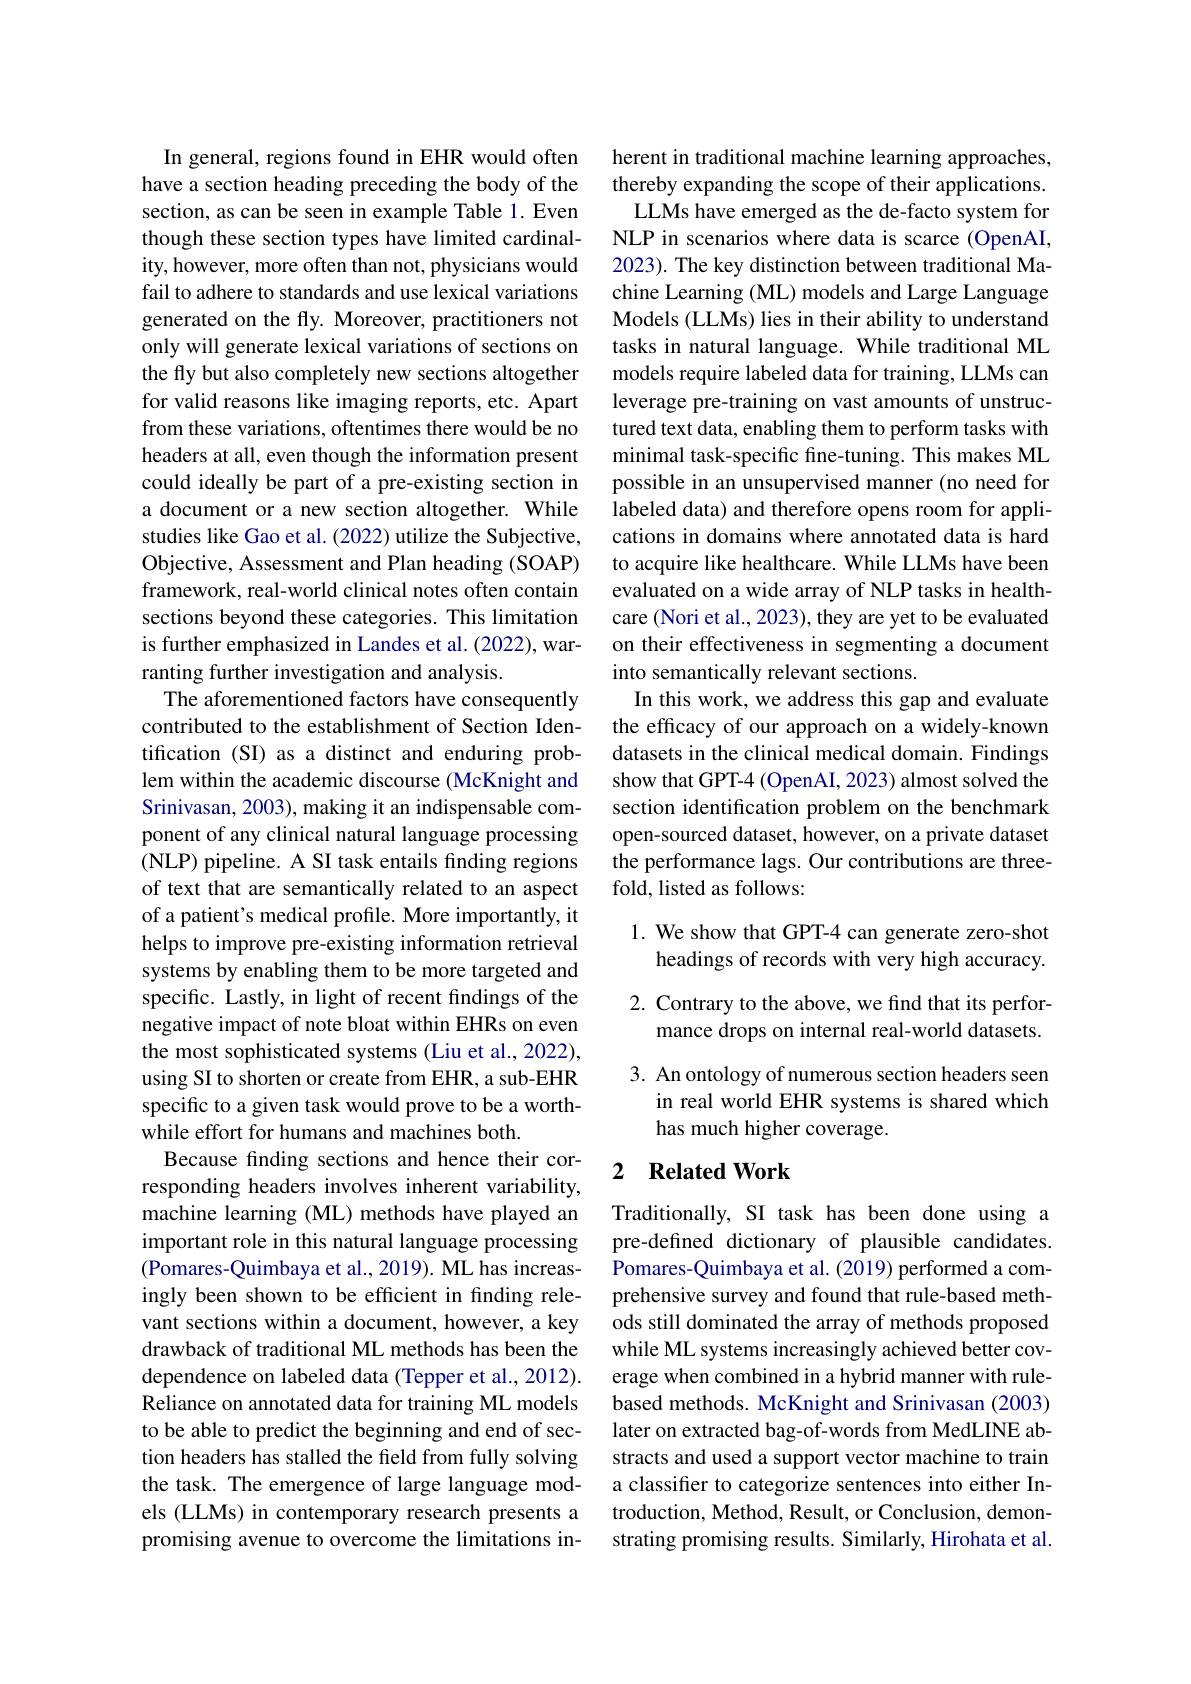
In general, regions found in EHR would often have a section heading preceding the body of the section, as can be seen in example Table 1. Even though these section types have limited cardinality, however, more often than not, physicians would fail to adhere to standards and use lexical variations generated on the fly. Moreover, practitioners not only will generate lexical variations of sections on the fly but also completely new sections altogether for valid reasons like imaging reports, etc. Apart from these variations, oftentimes there would be no headers at all, even though the information present could ideally be part of a pre-existing section in a document or a new section altogether. While studies like Gao et al. (2022) utilize the Subjective, Objective, Assessment and Plan heading (SOAP) framework, real-world clinical notes often contain sections beyond these categories. This limitation is further emphasized in Landes et al.(2022), warranting further investigation and analysis.
The aforementioned factors have consequently contributed to the establishment of Section Identification (SI) as a distinct and enduring problem within the academic discourse (McKnight and Srinivasan, 2003), making it an indispensable component of any clinical natural language processing (NLP) pipeline. A SI task entails finding regions of text that are semantically related to an aspect of a patient's medical profile. More importantly, it helps to improve pre-existing information retrieval systems by enabling them to be more targeted and specific. Lastly, in light of recent fndings of the negative impact of note bloat within EHRs on even the most sophisticated systems (Liu et al., 2022), using SI to shorten or create from EHR, a sub-EHR specific to a given task would prove to be a worthwhile effort for humans and machines both.
Because finding sections and hence their corresponding headers involves inherent variability, machine learning (ML) methods have played an important role in this natural language processing (Pomares-Quimbaya et al., 2019). ML has increasingly been shown to be efficient in finding relevant sections within a document, however, a key drawback of traditional ML methods has been the dependence on labeled data (Tepper et al., 2012). Reliance on annotated data for training ML models to be able to predict the beginning and end of section headers has stalled the from fully solving the task. The emergence of large language models (LLMs) in contemporary research presents a promising avenue to overcome the limitations in-

herent in traditional machine learning approaches, thereby expanding the scope of their applications.
LLMs have emerged as the de-facto system for NLP in scenarios where data is scarce (OpenAI, 2023). The key distinction between traditional Machine Learning (ML) models and Large Language Models (LLMs) lies in their ability to understand tasks in natural language. While traditional ML models require labeled data for training, LLMs can leverage pre-training on vast amounts of unstructured text data, enabling them to perform tasks with minimal task-specific fine-tuning. This makes ML possible in an unsupervised manner (no need for labeled data) and therefore opens room for applications in domains where annotated data is hard to acquire like healthcare. While LLMs have been evaluated on a wide array of NLP tasks in healthcare (Nori et al., 2023), they are yet to be evaluated on their effectiveness in segmenting a document into semantically relevant sections.
In this work, we address this gap and evaluate the efficacy of our approach on a widely-known datasets in the clinical medical domain. Findings show that GPT-4 (OpenAI, 2023) almost solved the section identification problem on the benchmark open-sourced dataset, however, on a private dataset the performance lags. Our contributions are threefold, listed as follows:

## 1. We show that GPT-4 can generate zero-shot headings of records with very high accuracy.

2. Contrary to the above, we find that its perfor-
mance drops on internal real-world datasets.

3. An ontology of numerous section headers seen
in real world EHR systems is shared which
has much higher coverage.

### 2 $\textbf{Related Work}$

Traditionally, SI task has been done using a pre-defined dictionary of plausible candidates. Pomares-Quimbaya et al. (2019) performed a comprehensive survey and found that rule-based methods still dominated the array of methods proposed while ML systems increasingly achieved better coverage when combined in a hybrid manner with rulebased methods. McKnight and Srinivasan (2003) later on extracted bag-of-words from MedLINE abstracts and used a support vector machine to train a classifier to categorize sentences into either Introduction, Method, Result, or Conclusion, demonstrating promising results. Similarly, Hirohata et al.